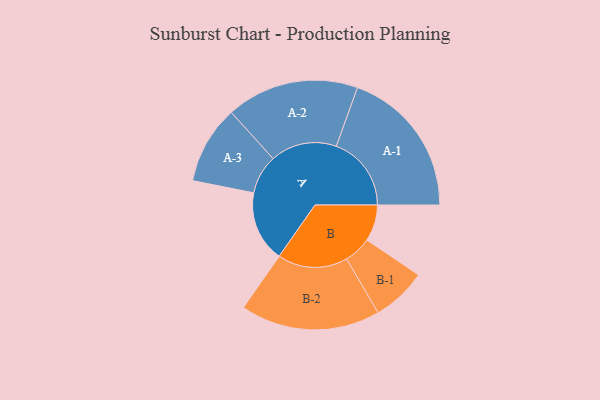
{"axis": {"x": "Segment", "y": "Value"}, "legend": ["", "A", "B"], "data": [{"x": "A", "y": 277, "type": ""}, {"x": "B", "y": 142, "type": ""}, {"x": "A-1", "y": 293, "type": "A"}, {"x": "A-2", "y": 259, "type": "A"}, {"x": "A-3", "y": 153, "type": "A"}, {"x": "B-1", "y": 107, "type": "B"}, {"x": "B-2", "y": 273, "type": "B"}]}